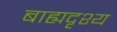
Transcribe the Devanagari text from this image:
बाह्यदृश्य